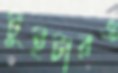
টুইটারও